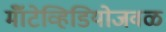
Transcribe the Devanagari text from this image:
मॉँटेव्हिडियोजवळ